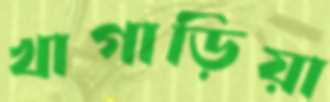
খাগাড়িয়া